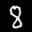
Label: 8